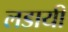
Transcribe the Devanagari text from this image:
लडायी